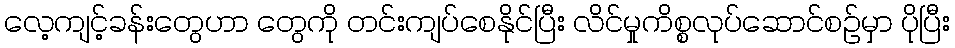
လေ့ကျင့်ခန်းတွေဟာ တွေကို တင်းကျပ်စေနိုင်ပြီး လိင်မှုကိစ္စလုပ်ဆောင်စဉ်မှာ ပိုပြီး